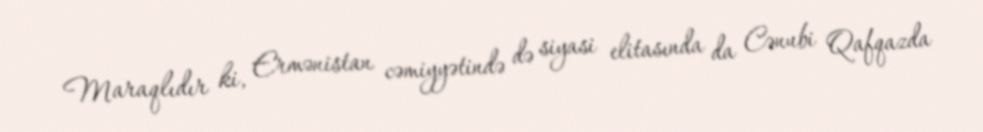
Maraqlıdır ki, Ermənistan cəmiyyətində də siyasi elitasında da Cənubi Qafqazda